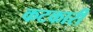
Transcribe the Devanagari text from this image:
कटकारी